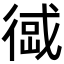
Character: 𢔹